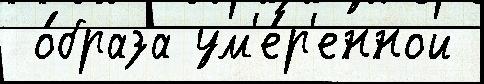
 о́браза ум'е́р'енной